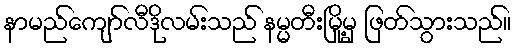
နာမည်ကျော်လီဒိုလမ်းသည် နမ္မတီးမြို့မှ ဖြတ်သွားသည်။